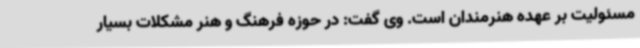
مسئولیت بر عهده هنرمندان است. وی گفت: در حوزه فرهنگ و هنر مشکلات بسیار